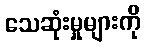
သေဆုံးမှုများကို